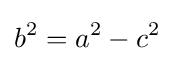
b^{2}=a^{2}-c^{2}